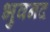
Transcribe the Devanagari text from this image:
भुवनद